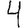
Digit: 4